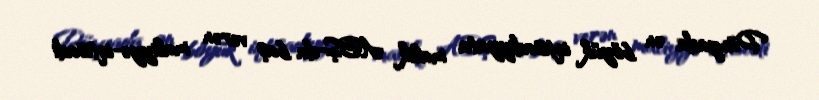
Dünyada ən böyük iqtisadiyyata malik ABŞ-da baş verən maliyyə-iqtisadi